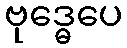
ဗုဒ္ဓေပေ